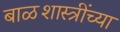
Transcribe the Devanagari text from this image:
बाळशास्त्रींच्या